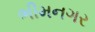
ભીમનગર